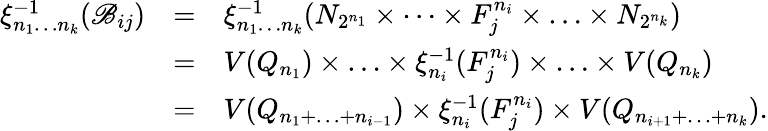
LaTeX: \begin{array}{rcl}{\xi_{n_{1}\ldots n_{k}}^{-1}(\mathscr{B}_{ij})}&{=}&{\xi_{n_{1}\ldots n_{k}}^{-1}(N_{2^{n_{1}}}\times\cdots\times F_{j}^{n_{i}}\times\ldots\times N_{2^{n_{k}}})}\\ &{=}&{V(Q_{n_{1}})\times\ldots\times\xi_{n_{i}}^{-1}(F_{j}^{n_{i}})\times\ldots\times V(Q_{n_{k}})}\\ &{=}&{V(Q_{n_{1}+\ldots+n_{i-1}})\times\xi_{n_{i}}^{-1}(F_{j}^{n_{i}})\times V(Q_{n_{i+1}+\ldots+n_{k}}).}\end{array}